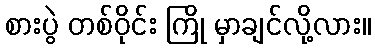
စားပွဲ တစ်ဝိုင်း ကြို မှာချင်လို့လား။